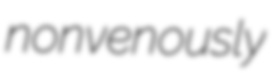
nonvenously